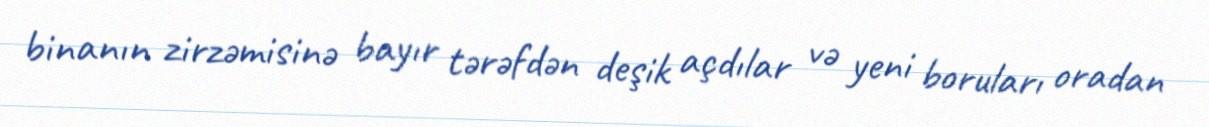
binanın zirzəmisinə bayır tərəfdən deşik açdılar və yeni boruları oradan